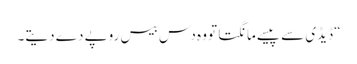
“ ڈیڈی سے پیسے مانگتا تو وہ دس بیس روپے دے دیتے۔